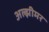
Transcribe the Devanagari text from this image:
अल्झीमर